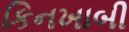
કિનખાબી